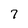
Character: 7